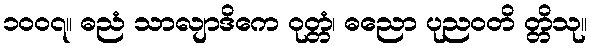
၁၀၀၇။ ဓညံ သာလျာဒိကေ ဝုတ္တံ၊ ဓညော ပုညဝတိ တ္တိသု။